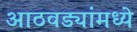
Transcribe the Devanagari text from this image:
आठवड्यांमध्ये